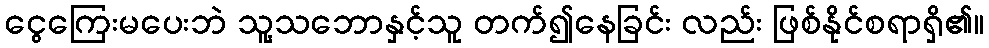
ငွေကြေးမပေးဘဲ သူ့သဘောနှင့်သူ တက်၍နေခြင်း လည်း ဖြစ်နိုင်စရာရှိ၏။